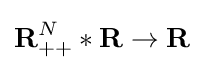
{\textbf {R}}_{++}^{N}*{\textbf {R}}\rightarrow {\textbf {R}}